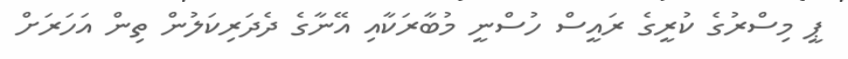
ޕީ މިސްރުގެ ކުރީގެ ރައީސް ހުސްނީ މުބާރަކާއި އޭނާގެ ދެދަރިކަލުން ތިން އަހަރަށް